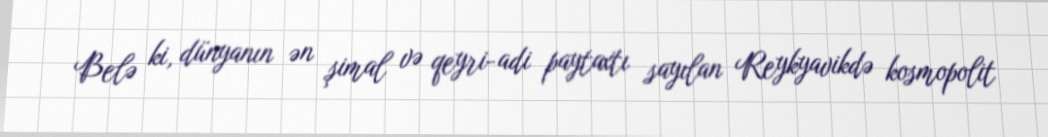
Belə ki, dünyanın ən şimal və qeyri-adi paytaxtı sayılan Reykyavikdə kosmopolit